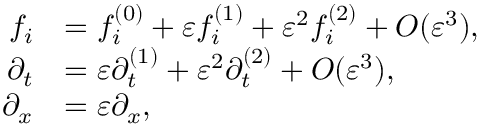
\begin{array} { r l } { f _ { i } } & { = f _ { i } ^ { ( 0 ) } + \varepsilon f _ { i } ^ { ( 1 ) } + \varepsilon ^ { 2 } f _ { i } ^ { ( 2 ) } + O ( \varepsilon ^ { 3 } ) , } \\ { \partial _ { t } } & { = \varepsilon \partial _ { t } ^ { ( 1 ) } + \varepsilon ^ { 2 } \partial _ { t } ^ { ( 2 ) } + O ( \varepsilon ^ { 3 } ) , } \\ { \partial _ { x } } & { = \varepsilon \partial _ { x } , } \end{array}